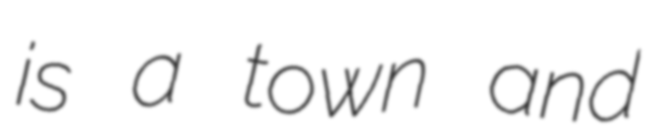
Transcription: is a town and